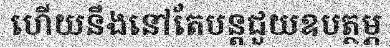
ហើយនឹងនៅតែបន្តជួយឧបត្ថម្ភ